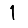
Digit: 1